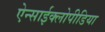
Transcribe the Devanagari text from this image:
ऐन्साईक्लोपीडिया